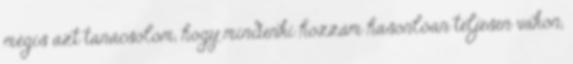
mégis azt tanácsolom, hogy mindenki hozzám hasonlóan teljesen vakon,